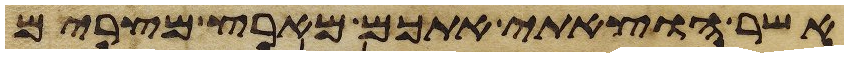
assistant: אשר הוצאתי אתכם מארץ מצרים